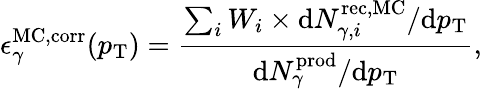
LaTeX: \epsilon_{\gamma}^{\mathrm{MC,corr}}(p_{\mathrm{T}})=\frac{\sum_{i}W_{i}\times\mathrm{d}N_{\gamma,i}^{\mathrm{rec,MC}}/\mathrm{d}p_{\mathrm{T}}}{\mathrm{d}N_{\gamma}^{\mathrm{prod}}/\mathrm{d}p_{\mathrm{T}}},